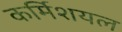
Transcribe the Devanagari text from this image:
कर्मिशयल